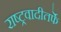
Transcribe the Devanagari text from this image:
राष्ट्रवादीतर्फे